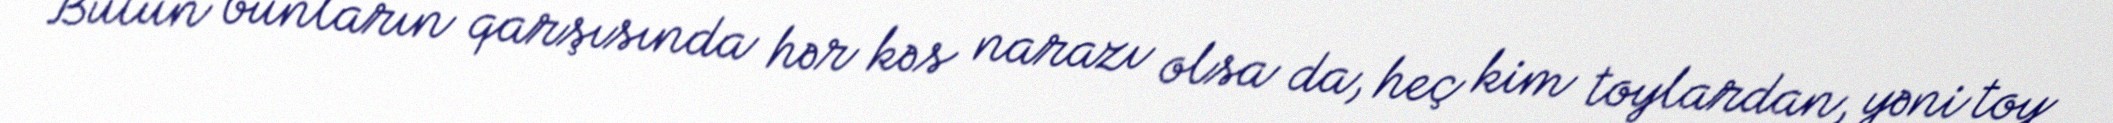
Bütün bunların qarşısında hər kəs narazı olsa da, heç kim toylardan, yəni toy